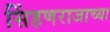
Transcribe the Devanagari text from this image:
सिंहणराजाच्या